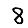
Digit: 8